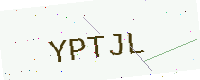
Text: YPTJL